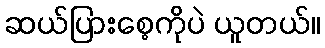
ဆယ်ပြားစေ့ကိုပဲ ယူတယ်။